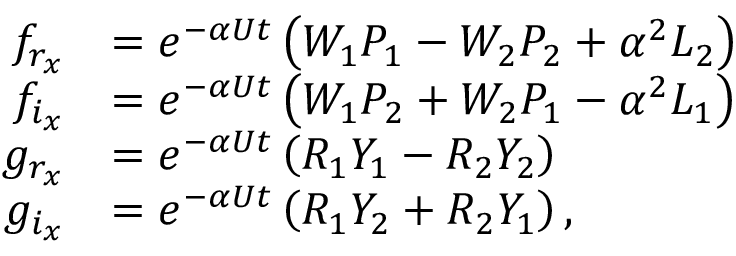
\begin{array} { r l } { f _ { r _ { x } } } & { = e ^ { - \alpha U t } \left( W _ { 1 } P _ { 1 } - W _ { 2 } P _ { 2 } + \alpha ^ { 2 } L _ { 2 } \right) } \\ { f _ { i _ { x } } } & { = e ^ { - \alpha U t } \left( W _ { 1 } P _ { 2 } + W _ { 2 } P _ { 1 } - \alpha ^ { 2 } L _ { 1 } \right) } \\ { g _ { r _ { x } } } & { = e ^ { - \alpha U t } \left( R _ { 1 } Y _ { 1 } - R _ { 2 } Y _ { 2 } \right) } \\ { g _ { i _ { x } } } & { = e ^ { - \alpha U t } \left( R _ { 1 } Y _ { 2 } + R _ { 2 } Y _ { 1 } \right) , } \end{array}